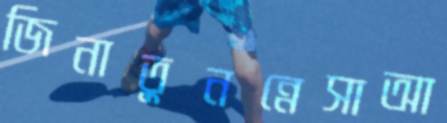
জিনাতুনন্নেসাআ